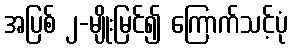
အပြစ် ၂-မျိုးမြင်၍ ကြောက်သင့်ပုံ